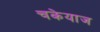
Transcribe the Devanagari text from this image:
चकेयाज